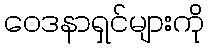
ဝေဒနာရှင်များကို